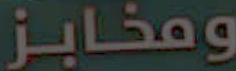
ومخابز